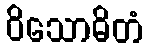
ဝိသောဓိတံ